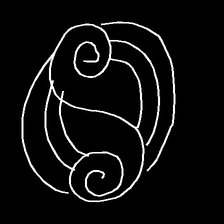
Glyph: wind-underfoot